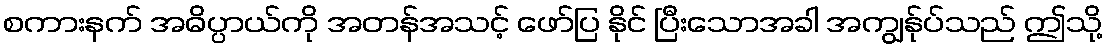
စကားနက် အဓိပ္ပာယ်ကို အတန်အသင့် ဖော်ပြ နိုင် ပြီးသောအခါ အကျွန်ုပ်သည် ဤသို့